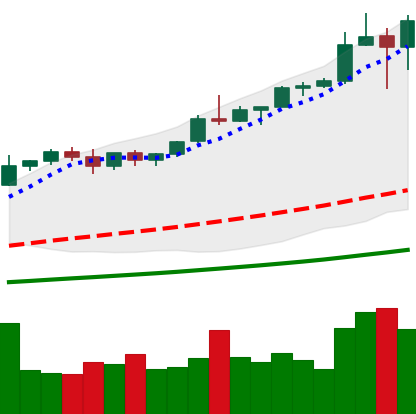
Ticker: BTC-USD
Chart end date: 2021-01-05
Forward return: 12.838%
Label: up_7plus